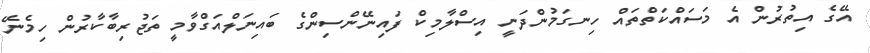
އޭގެ އިތުރުން އެ މަސައްކަތްތައް ހިނގަމުންދަނީ އިސްލާމިކް ފައިނޭންސިންގެ ބައިނަލްއަގްވާމީ ތަޖުރިބާކާރުން ހިމެނޭ